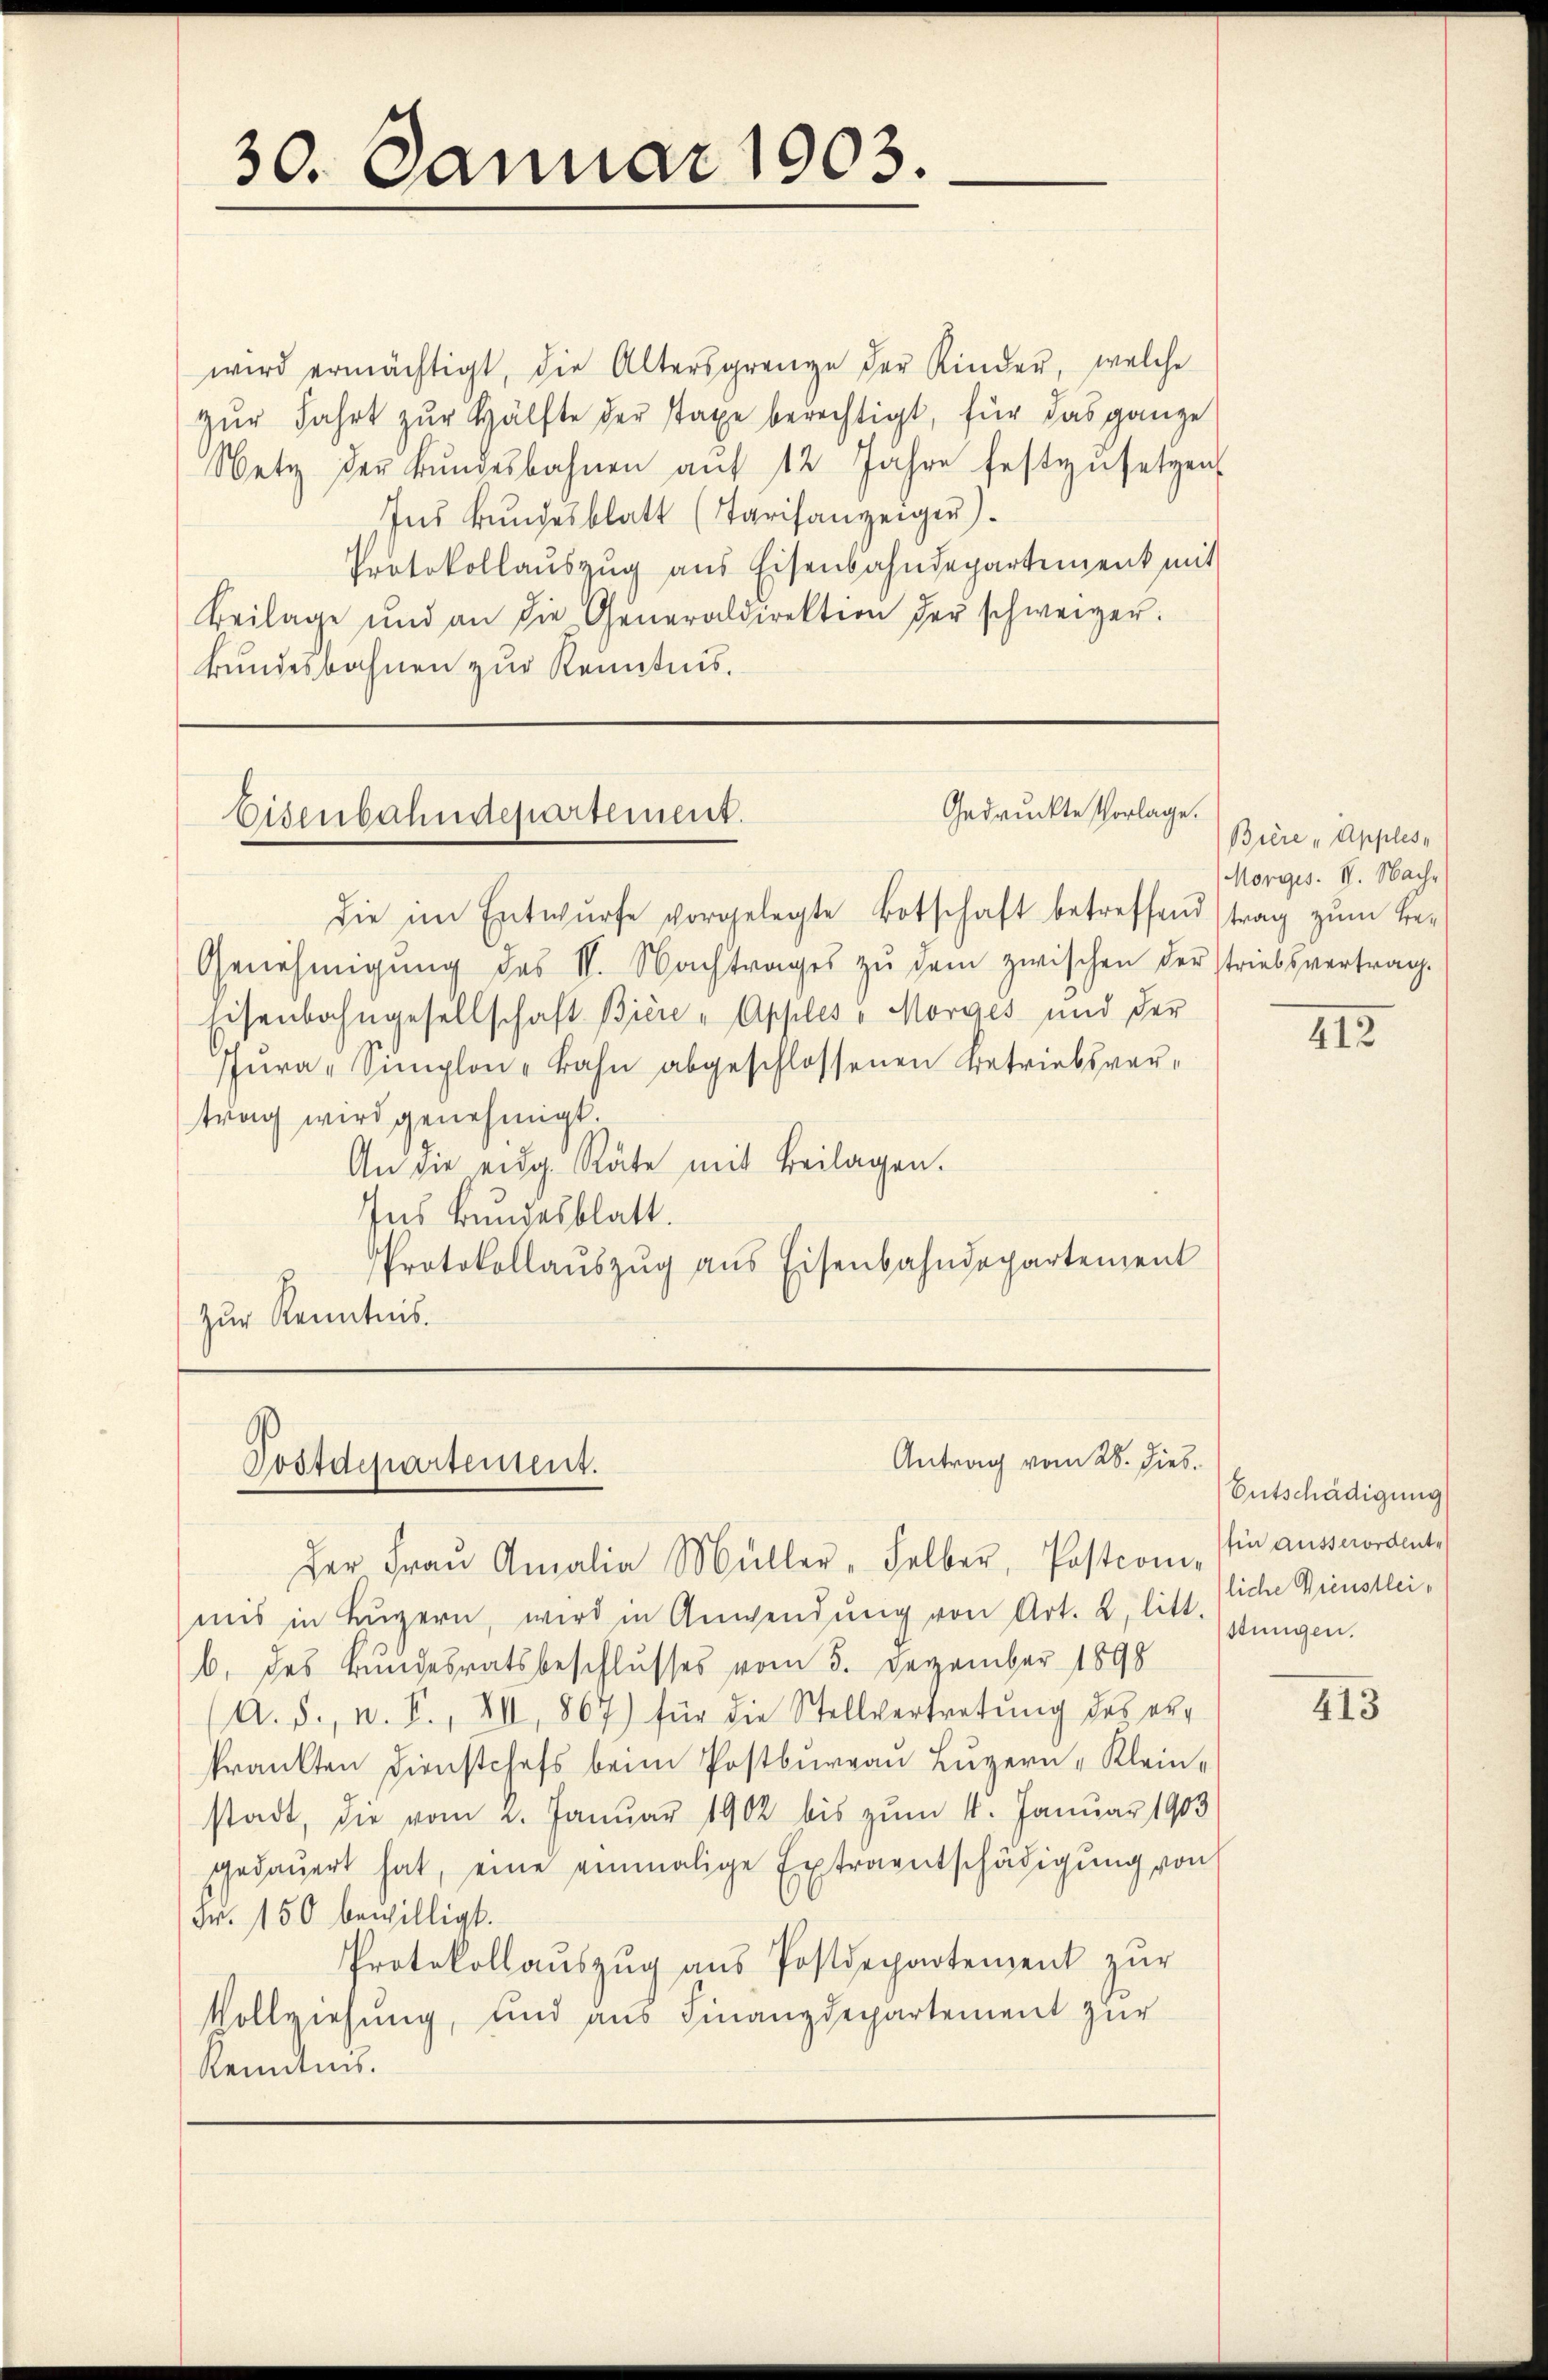
wird ermächtigt, die Altersgrenze der Kinder, welche
zŭr Fahrt zur Hälfte der Taxe berechtigt, für das ganze
Netz der Bŭndesbahnen aŭf 12 Jahre festzŭsetzen
Ins Bundesblatt (Tarifanzeiger)
Protokollauszug aus Eisenbahndepartement mit
Beilage und an die Generaldirektion der schweizer.
Bundesbahnen zur Kenntnis.

30. Januar 1903.

Gedruckte Vorlage.
Eisenbahndepartement.

die im Entwurfe vorgelegte Botschaft betreffend trag zum Be¬
Genehmigŭng des II. Nachtrages zŭ dem zwischen der striebsvertrag.
Eisenbahngesellschaft Biere - Apples v. Morges und der
Pŭra-Simplon - Bahn abgeschlossenen Betriebsvertrag wird genehmigt.
An die eidg. Räte mit Beilagen.
Ins Bundesblatt.
Protokollaŭszŭg aŭs Eisenbahndepartement
zur Kenntnis.

Postdepartement.

Antrag vom 28. dies.

der Fraŭ Amalia Müller, selber, Postcom-
mis in Luzern, wird in Anwendung von Art. 2, litt. stungen.
b. des Bundesratsbeschlusses vom 5. Dezember 1898
A. S., n. F., XII 867) für die Stellvertretŭng des erkränkten Dienstchefs beim Postbureau Luzern „Klein-
stadt, die vom 2. Januar 1902 bis zŭm 4. Januar 1903
gedauert hat, eine einmalige Extraentschädigung von
Fr. 150 bewilligt.
Protokollaŭszŭg aŭs Postdepartement zŭr
Vollziehung, und aus Finanzdepartement zur
Kenntnis.

Bière "Apples,
Morges. II. Nachs

112

Entschädigung
Ein ausserordente
liche Dienstlei¬

413